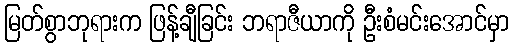
မြတ်စွာဘုရားက ဖြန့်ချီခြင်း ဘရာဇီယာကို ဦးစံမင်းအောင်မှာ